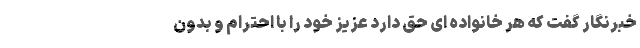
خبرنگار گفت که هر خانواده ای حق دارد عزیز خود را با احترام و بدون